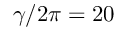
\gamma / 2 \pi = 2 0